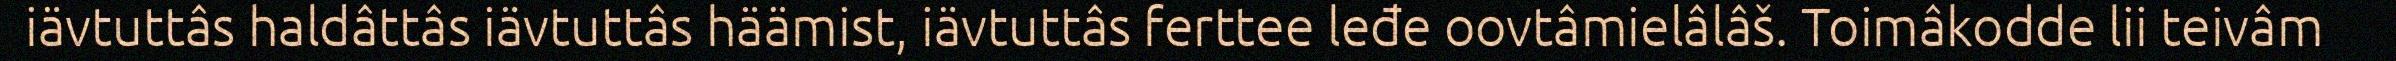
iävtuttâs haldâttâs iävtuttâs häämist, iävtuttâs ferttee leđe oovtâmielâlâš. Toimâkodde lii teivâm